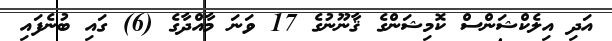
އަދި އިލެކްޝަންސް ކޮމިޝަންގެ ޤާނޫނުގެ 17 ވަނަ މާއްދާގެ (6) ގައި ބުނެފައި